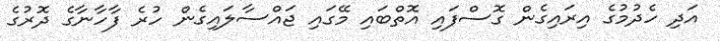
އަދި ހެދުމުގެ އިރައިގެން ގޮސްފައި އޮތްބައި މޭގައި ޖައްސާލައިގެން ހުރެ ފާހާނާގެ ދޮރުގެ